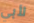
لأبي